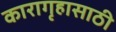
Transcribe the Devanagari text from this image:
कारागृहासाठी